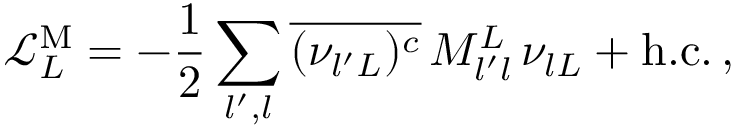
\mathcal { L } _ { L } ^ { \mathrm { M } } = - \frac { 1 } { 2 } \sum _ { l ^ { \prime } , l } \overline { { { ( \nu _ { { l ^ { \prime } } L } ) ^ { c } } } } \, M _ { l ^ { \prime } l } ^ { L } \, \nu _ { { l } L } + \mathrm { h . c . } \, ,